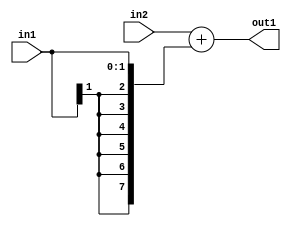
`timescale 1ps / 1ps
/*****************************************************************************
    Verilog RTL Description
    
    
    Created by: CellMath Designer 2019.1.01 
*******************************************************************************/

module avg_pool_Add_8Sx2S_8S_4_0 (
	in2,
	in1,
	out1
	); /* architecture "behavioural" */ 
input [7:0] in2;
input [1:0] in1;
output [7:0] out1;
wire [7:0] asc001;

assign asc001 = 
	+(in2)
	+({{6{in1[1]}}, in1});

assign out1 = asc001;
endmodule

/* CADENCE  ubLwSQw= : u9/ySgnWtBlWxVPRXgAZ4Og= ** DO NOT EDIT THIS LINE ******/